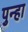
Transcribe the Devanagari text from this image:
पुन्‍हा